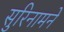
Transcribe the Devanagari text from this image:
सुरिनामने